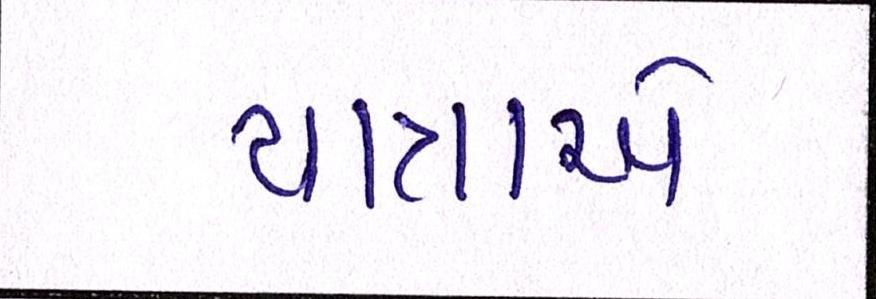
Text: યાત્રાએ